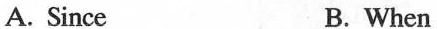
A. Since B. When